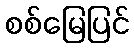
စစ်မြေပြင်